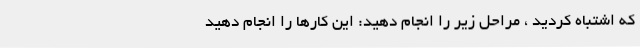
که اشتباه کردید ، مراحل زیر را انجام دهید: این کارها را انجام دهید